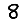
Digit: 8